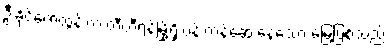
ဦးခိုင်ဇော်ထွန်းက တီဟီရန်မြို့ရှိ ပန်းကန်ဆေးနေသော မြေဖြစ်သည်